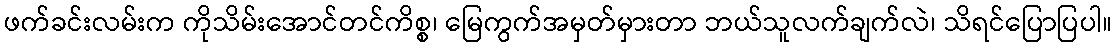
ဖက်ခင်းလမ်းက ကိုသိမ်းအောင်တင်ကိစ္စ၊ မြေကွက်အမှတ်မှားတာ ဘယ်သူလက်ချက်လဲ၊ သိရင်ပြောပြပါ။